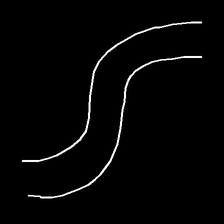
Glyph: float